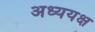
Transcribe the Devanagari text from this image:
अध्ययक्ष